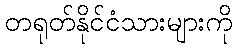
တရုတ်နိုင်ငံသားများကို